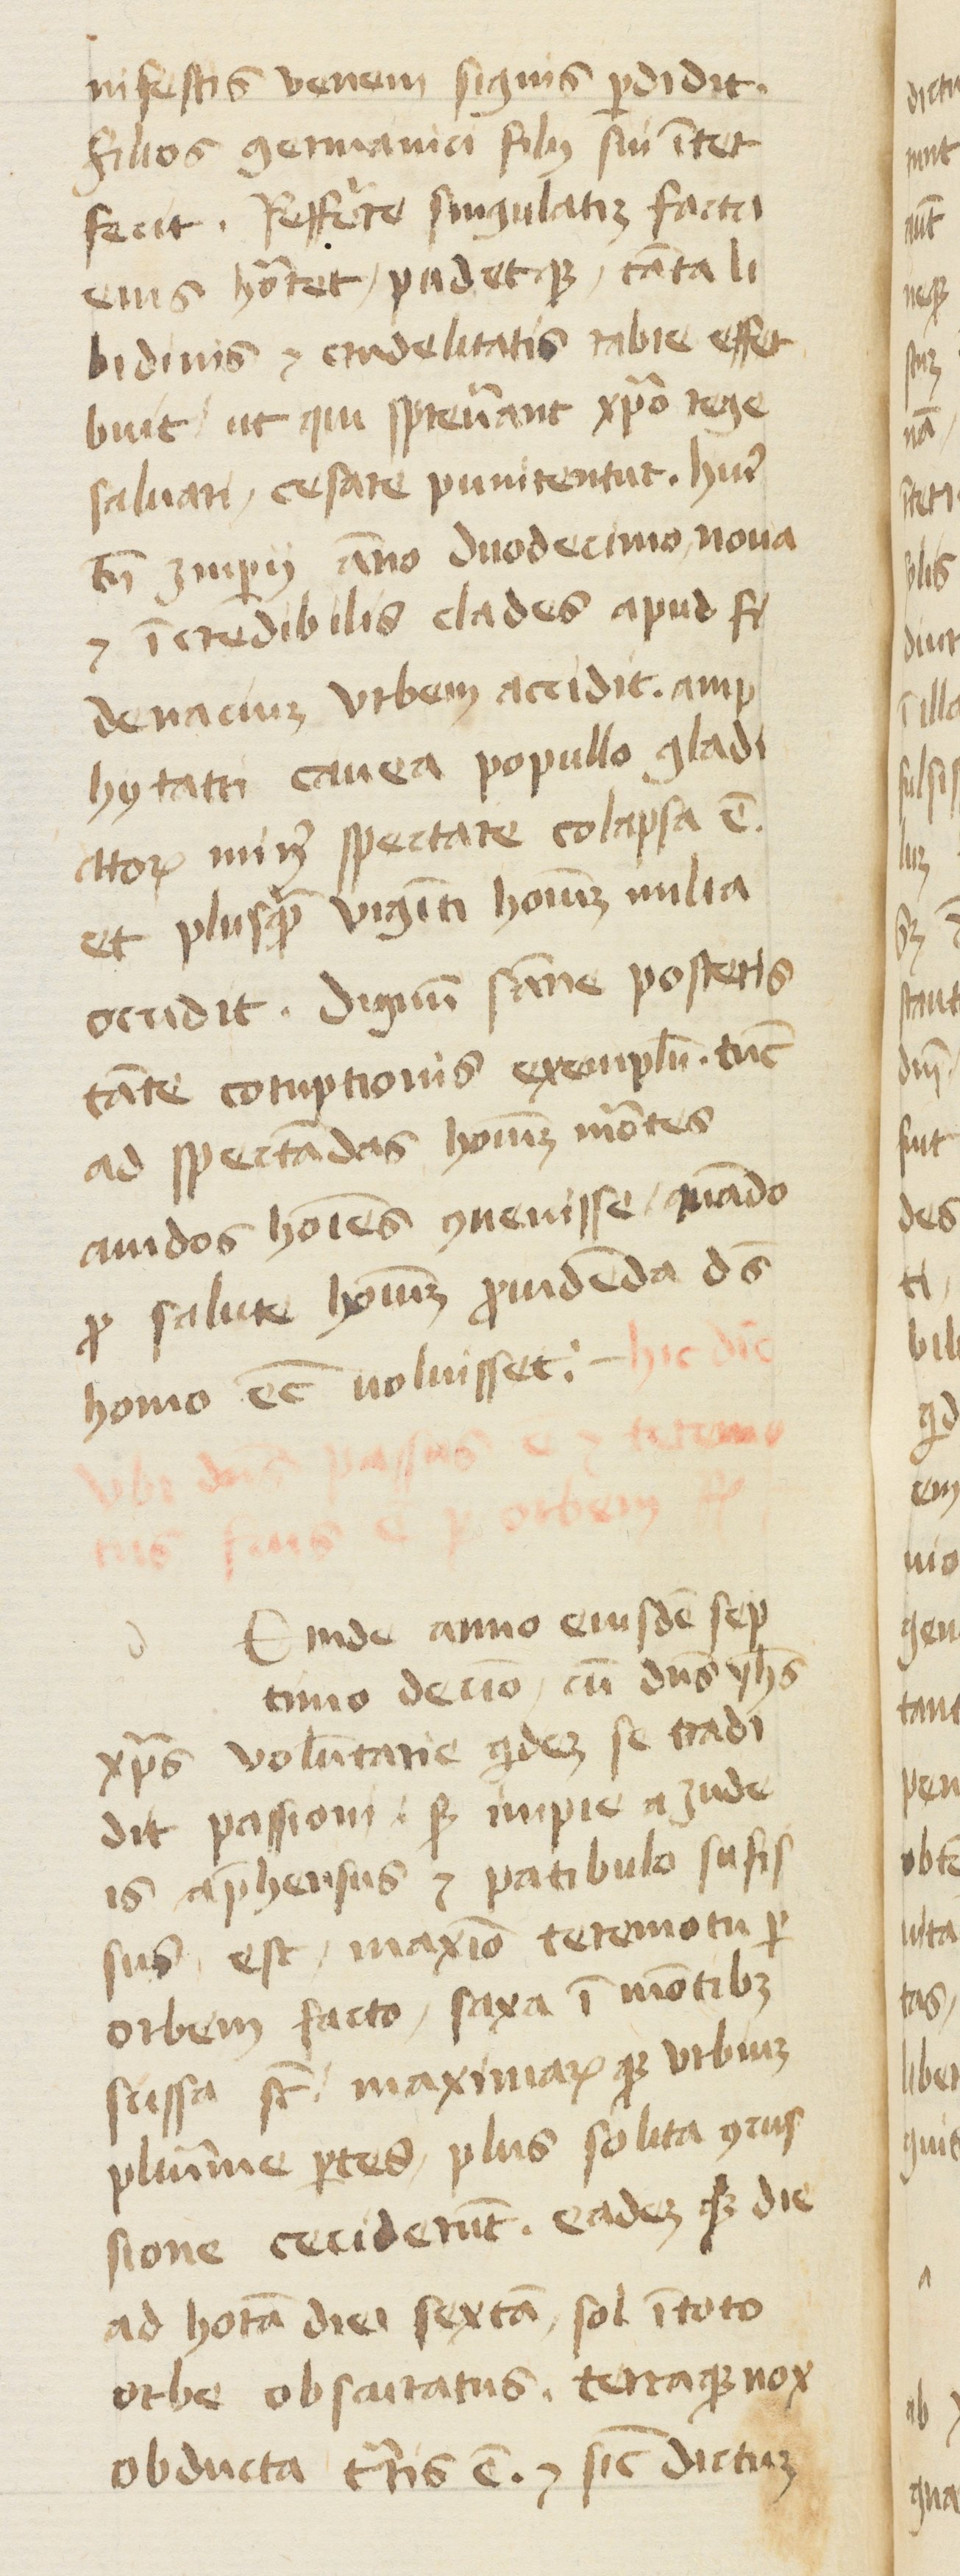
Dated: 1400–1415